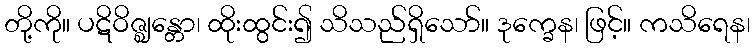
တို့ကို။ ပဋိဝိဇ္ဈန္တော၊ ထိုးထွင်း၍ သိသည်ရှိသော်။ ဒုက္ခေန၊ ဖြင့်။ ကသိရေန၊